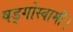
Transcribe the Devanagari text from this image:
षड्गोस्वामी।